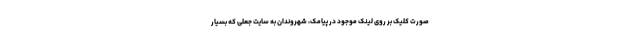
صورت کلیک بر روی لینک موجود در پیامک، شهروندان به سایت جعلی که بسیار